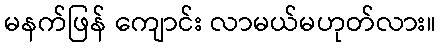
မနက်ဖြန် ကျောင်း လာမယ်မဟုတ်လား။